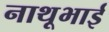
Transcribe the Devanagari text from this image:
नाथूभाई